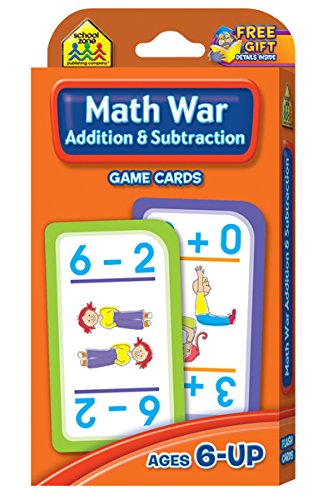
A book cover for Math War Addition and Subtraction Game Cards; School Zone Publishing Company Staff; Children's Books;